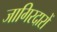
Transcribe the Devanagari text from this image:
जागिरदारों